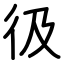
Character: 彶